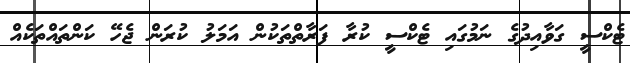
ޓެކްސީ ގަވާއިދުގެ ނަމުގައި ޓެކްސީ ކުރާ ފަރާތްތަކުން އަމަލު ކުރަން ޖެހޭ ކަންތައްތަކެއް